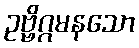
ဥဗ္ဗိဂ္ဂမနသော